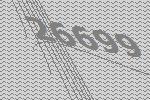
26699